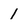
Character: 1